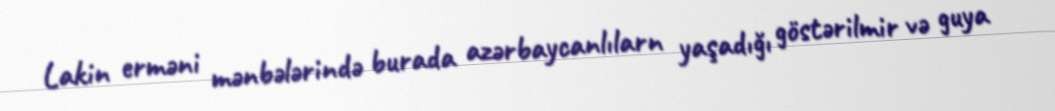
Lakin erməni mənbələrində burada azərbaycanlılarn yaşadığı göstərilmir və guya